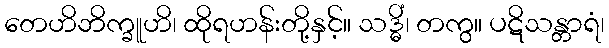
တေဟိဘိက္ခူဟိ၊ ထိုရဟန်းတို့နှင့်။ သဒ္ဓိံ၊ တကွ။ ပဋိသန္တာရံ၊